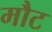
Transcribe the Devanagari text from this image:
मौट